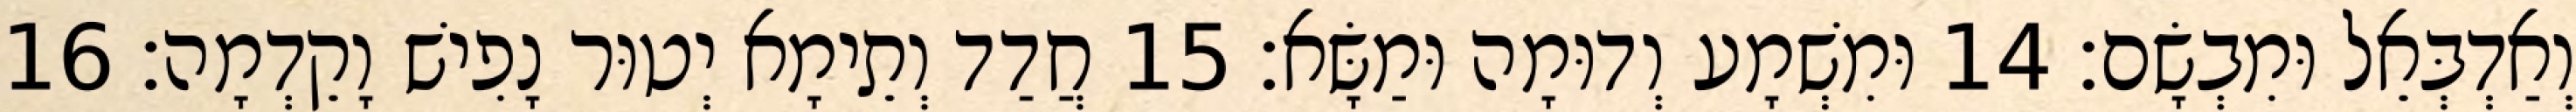
וְאַדְבְּאֵל וּמִבְשָׂם׃ 14 וּמִשְׁמָע וְדוּמָה וּמַשָּׂא׃ 15 חֲדַד וְתֵימָא יְטוּר נָפִישׁ וָקֵדְמָה׃ 16